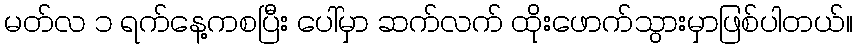
မတ်လ ၁ ရက်နေ့ကစပြီး ပေါ်မှာ ဆက်လက် ထိုးဖောက်သွားမှာဖြစ်ပါတယ်။